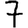
Digit: 7